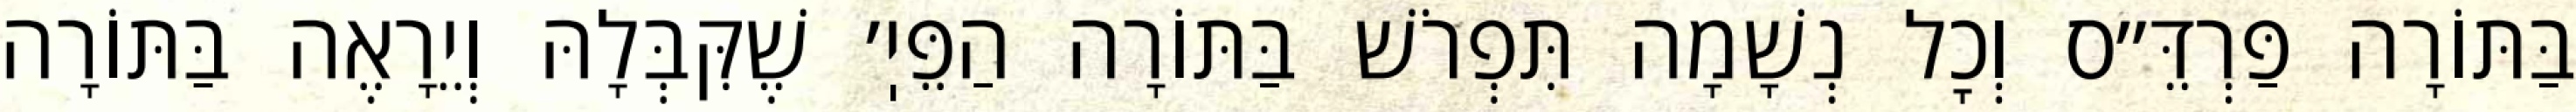
בַּתּוֹרָה פַּרְדֵּ״ס וְכׇל נְשָׁמָה תִּפְרֹשׁ בַּתּוֹרָה הַפֵּיֽ׳ שֶׁקִּבְּלָהּ וְיֵרָאֶה בַּתּוֹרָה